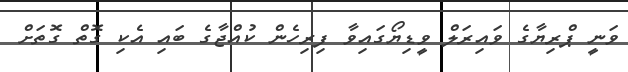
ވަނީ ޕްރިޔާގެ ވައިރަލް ވީޑިޔޯގައިވާ ފިރިހެން ކުއްޖާގެ ބައި އެކި ގޮތް ގޮތަށް